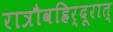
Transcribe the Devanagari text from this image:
रात्रौवह्रिर्दूरात्